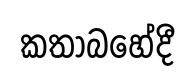
කතාබහේදී